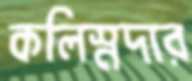
কলিস্নদার